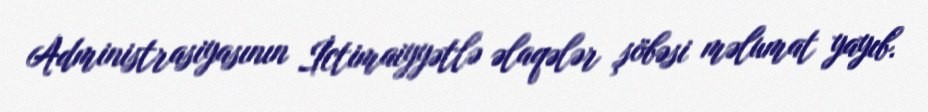
Administrasiyasının İctimaiyyətlə əlaqələr şöbəsi məlumat yayıb.